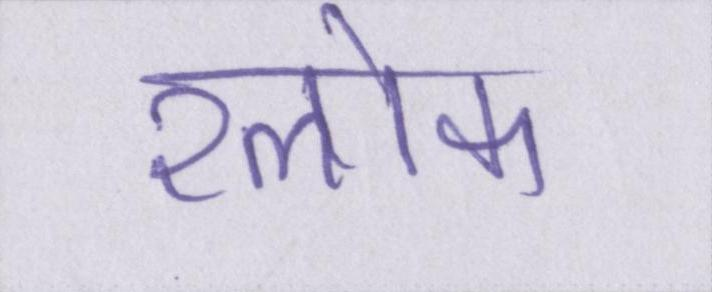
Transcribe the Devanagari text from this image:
श्लोक